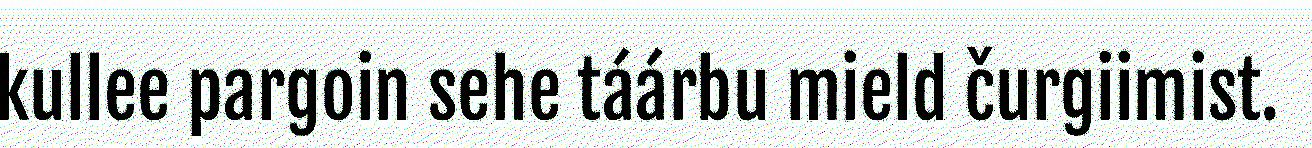
kullee pargoin sehe táárbu mield čurgiimist.